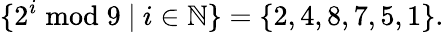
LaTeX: \{ 2^{i}{\bmod{9}}\ |\ i\in\mathbb{N}\} =\{ 2,4,8,7,5,1\} .